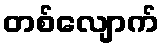
တစ်လျောက်